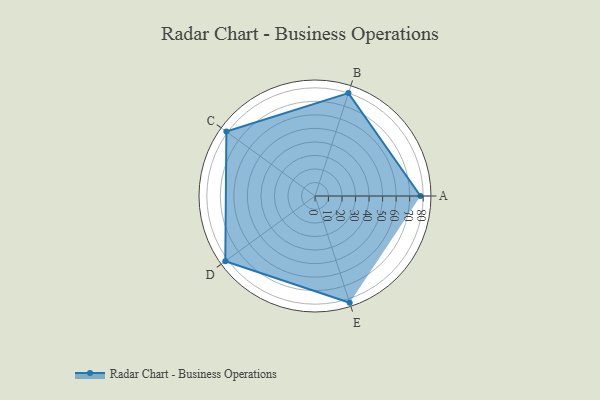
{"axis": {"x": "Skill", "y": "Score"}, "legend": ["Profile"], "data": [{"x": "A", "y": 78.0, "type": "Profile"}, {"x": "B", "y": 80.0, "type": "Profile"}, {"x": "C", "y": 81.0, "type": "Profile"}, {"x": "D", "y": 82.0, "type": "Profile"}, {"x": "E", "y": 83.0, "type": "Profile"}]}